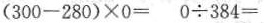
$$( 3 0 0 - 2 8 0 ) \times 0 =$$ $$0 \div 3 8 4 =$$